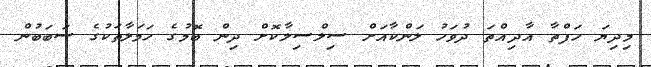
މިދިޔަ ހަފްތާ އާދިއްތަ ދުވަހު ލަންކާއަށް ސިލްސިލާކޮށް ދިން ބޮމުގެ ހަމަލާތަކުގެ ސަބަބުން